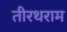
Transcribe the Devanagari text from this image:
तीरथराम